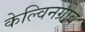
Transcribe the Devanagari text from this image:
केल्विनग्रोव